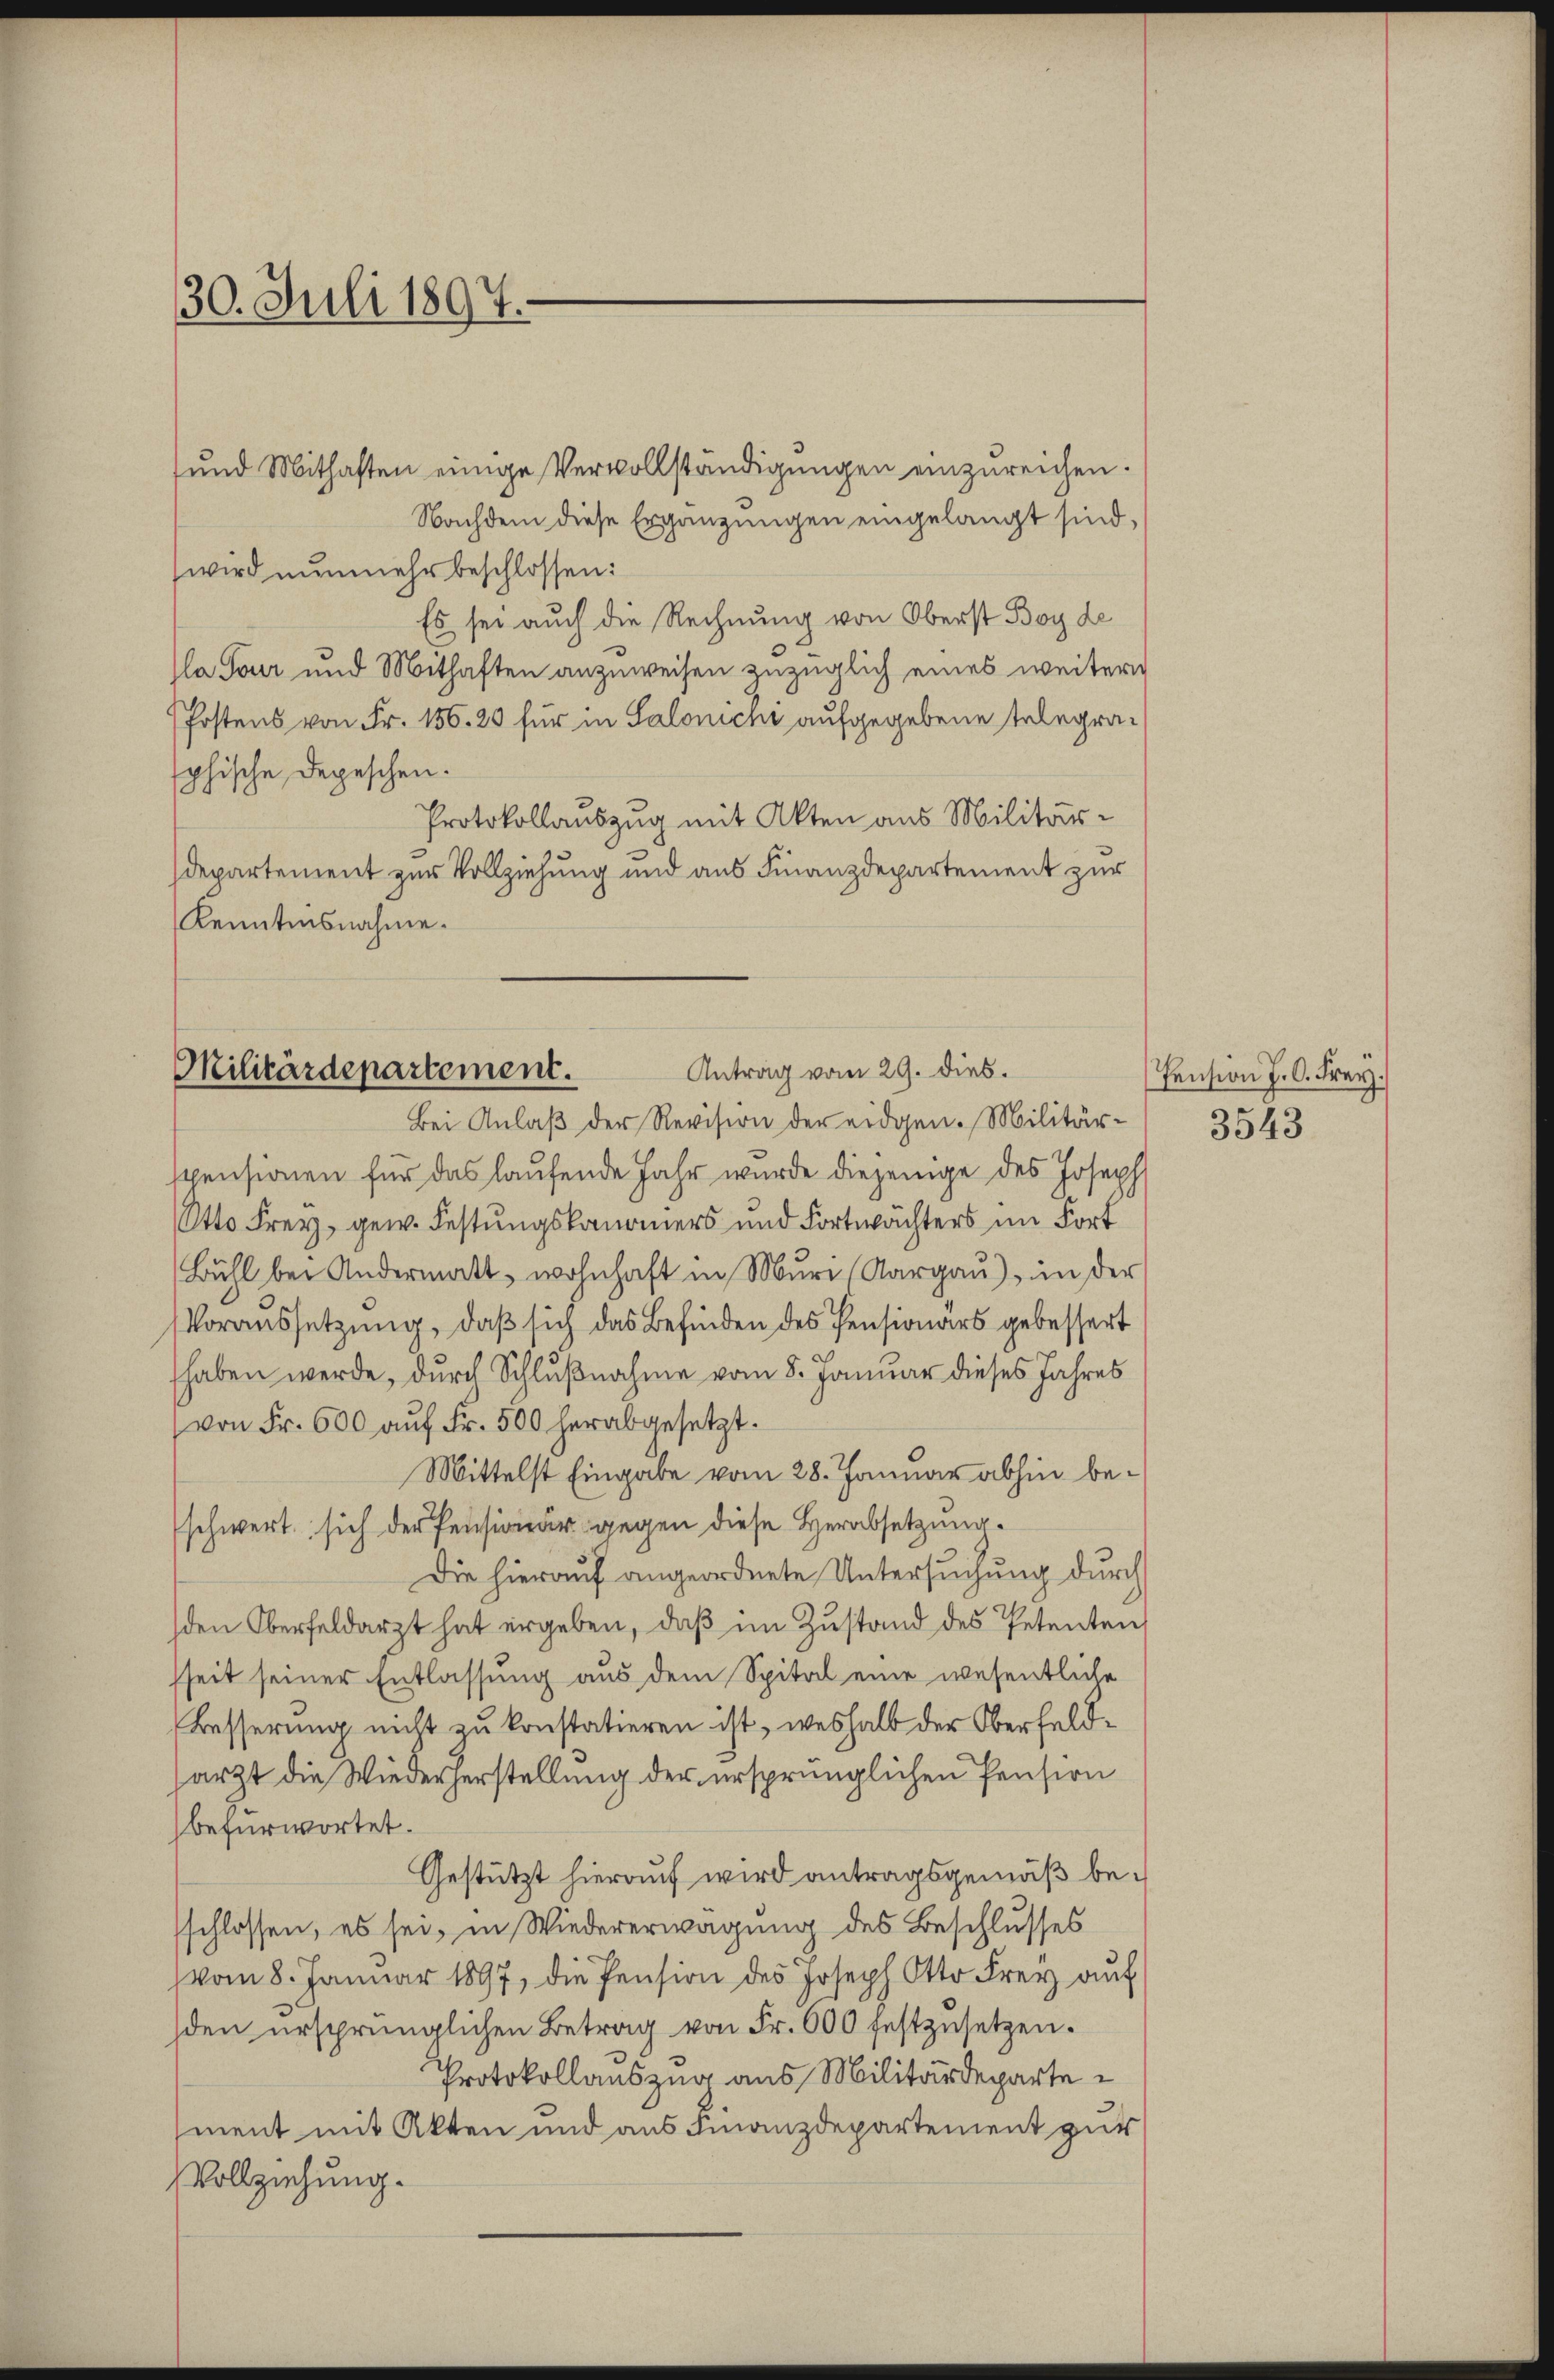
30. Juli 1897.

und Mithaften einige Vervollständigungen einzureichen.
Nachdem diese Ergänzungen eingelangt sind,
wird nunmehr beschlossen:
Es sei auch die Rechnung von Oberst Boy de
la Tour und Mithaften anzuweisen zuzüglich eines weitern
Postens von Fr. 156. 20 für in Salonichi aufgegebene Telegraphische Depeschen.
Protokollauszug mit Akten aus Militär-
Departement zur Vollziehung und aus Finanzdepartement zur
Kenntnisnahme.

Antrag vom 29. dies.
Militärdepartement.
Bei Anlaß der Revision der eidgen. Militär¬

spensionen für das laufende Jahr wurde diejenige des Joseph
Otto Frey, gew. Festungskammers und Fortwächters im Fort
Bühl bei Andermatt, wohnhaft in Muri Aargau), in der
Voraussetzung, daß sich das Befinden des Pensionärs gebessert
haben werde, durch Schlußnahme vom 8. Januar dieses Jahres
von Fr. 600 aŭf Fr. 500 herabgesetzt.
Mittelst Eingabe vom 28. Januar abhin beschwert sich der Pensionär gegen diese Herabsetzung.
Die hierauf angeordnete Untersuchung durch
den Oberfeldarzt hat ergeben, daβ im Zustand des Petenten
sseit seiner Entlassung aus dem Spital eine wesentliche
Besserung nicht zu konstatieren ist, weshalb der Oberfeldsarzt die Wiederherstellung der ursprünglichen Pension
befürwortet.
Gestützt hierauf wird antragsgemäß besschlossen, es sei, in Wiedererwägung des Beschlusses
vom 8. Januar 1897, die Pension des Joseph Otto Frey auf
den ursprünglichen Betrag von Fr. 600 festzusetzen.
Protokollauszug aus Militärdepartement mit Akten und aus Finanzdepartement gut
Vollziehung.

Pension J. C. Frey.
3543